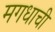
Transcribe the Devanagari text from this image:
मगधाची